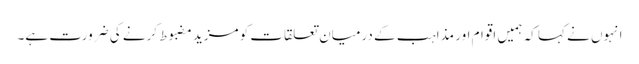
انہوں نے کہا کہ ہمیں اقوام اور مذاہب کے درمیان تعلقات کو مزید مضبوط کرنے کی ضرورت ہے۔